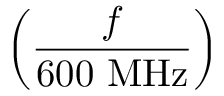
\left( { \frac { f } { 6 0 0 ~ \mathrm { M H z } } } \right)